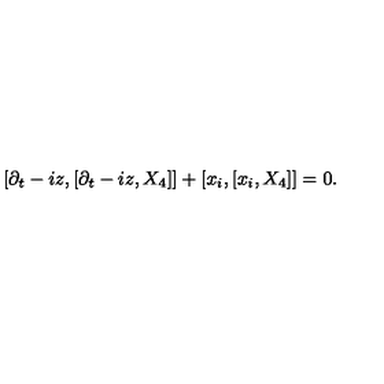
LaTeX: [ \partial _ { t } - i z , [ \partial _ { t } - i z , X _ { 4 } ] ] + [ x _ { i } , [ x _ { i } , X _ { 4 } ] ] = 0 .